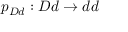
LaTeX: p _ { D d } : D d \rightarrow d d